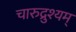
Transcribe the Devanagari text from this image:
चारुद्रुश्यम्